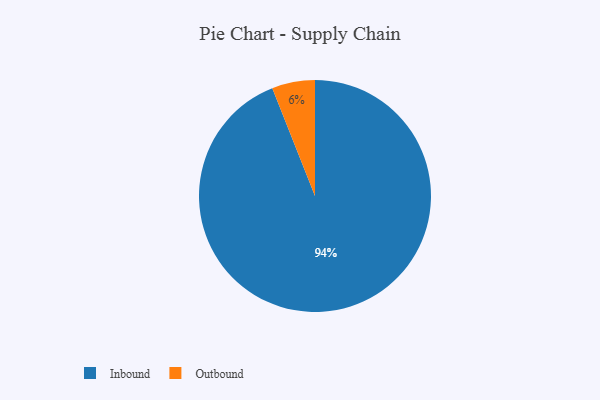
{"axis": {"x": "Category", "y": "Percentage"}, "legend": ["Inbound", "Outbound"], "data": [{"x": "Inbound", "y": 94, "type": "Inbound"}, {"x": "Outbound", "y": 6, "type": "Outbound"}]}